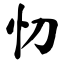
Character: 忉